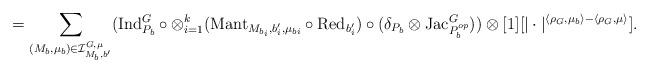
LaTeX: \begin{align*}= \sum\limits_{(M_b, \mu_b) \in \mathcal{I}^{G, \mu}_{M_b, b'}} (\mathrm{Ind}^G_{P_b} \circ \otimes^k_{i=1} (\mathrm{Mant}_{M_{b_i}, b'_i, \mu_{b i}} \circ \mathrm{Red}_{b'_i}) \circ (\delta_{P_b} \otimes \mathrm{Jac}^G_{P^{op}_b}))\otimes [1][|\cdot|^{\langle \rho_G, \mu_b \rangle - \langle \rho_G, \mu \rangle}].\end{align*}